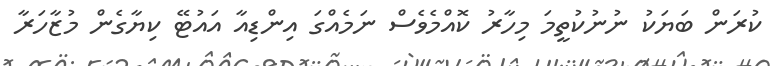
ކުރަން ބަޔަކު ނުނުކުތީމަ މިހާރު ކޮއްމެވެސް ނަމެއްގަ އިންޑިއާ އައުޓޭ ކިޔާގެން މުޒާހަރާ